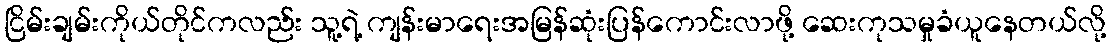
ငြိမ်းချမ်းကိုယ်တိုင်ကလည်း သူ့ရဲ့ ကျန်းမာရေးအမြန်ဆုံးပြန်ကောင်းလာဖို့ ဆေးကုသမှုခံယူနေတယ်လို့